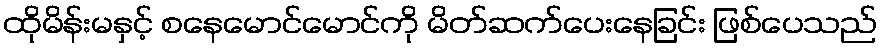
ထိုမိန်းမနှင့် စနေမောင်မောင်ကို မိတ်ဆက်ပေးနေခြင်း ဖြစ်ပေသည်